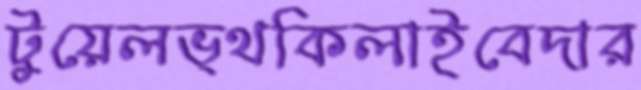
টুয়েলভ্থকিলাইবেদার